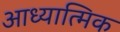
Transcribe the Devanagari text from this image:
आध्‍यात्मिक